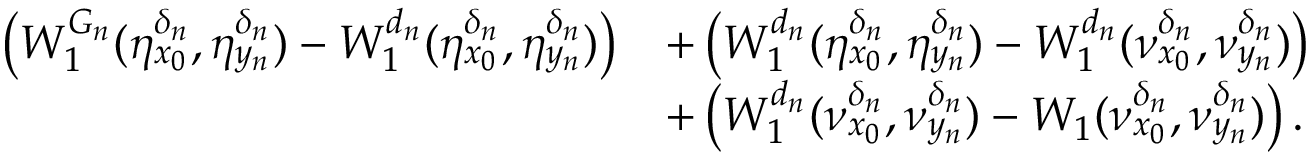
\begin{array} { r l } { \left( W _ { 1 } ^ { G _ { n } } ( \eta _ { x _ { 0 } } ^ { \delta _ { n } } , \eta _ { y _ { n } } ^ { \delta _ { n } } ) - W _ { 1 } ^ { d _ { n } } ( \eta _ { x _ { 0 } } ^ { \delta _ { n } } , \eta _ { y _ { n } } ^ { \delta _ { n } } ) \right) } & { + \left( W _ { 1 } ^ { d _ { n } } ( \eta _ { x _ { 0 } } ^ { \delta _ { n } } , \eta _ { y _ { n } } ^ { \delta _ { n } } ) - W _ { 1 } ^ { d _ { n } } ( \nu _ { x _ { 0 } } ^ { \delta _ { n } } , \nu _ { y _ { n } } ^ { \delta _ { n } } ) \right) } \\ & { + \left( W _ { 1 } ^ { d _ { n } } ( \nu _ { x _ { 0 } } ^ { \delta _ { n } } , \nu _ { y _ { n } } ^ { \delta _ { n } } ) - W _ { 1 } ( \nu _ { x _ { 0 } } ^ { \delta _ { n } } , \nu _ { y _ { n } } ^ { \delta _ { n } } ) \right) . } \end{array}